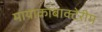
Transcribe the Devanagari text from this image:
मायाकोबाक्टेरीम